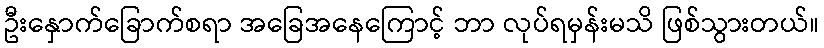
ဦးနှောက်ခြောက်စရာ အခြေအနေကြောင့် ဘာ လုပ်ရမှန်းမသိ ဖြစ်သွားတယ်။